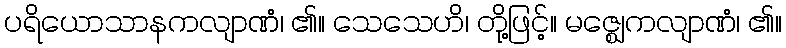
ပရိယောသာနကလျာဏံ၊ ၏။ သေသေဟိ၊ တို့ဖြင့်။ မဇ္ဈေကလျာဏံ၊ ၏။